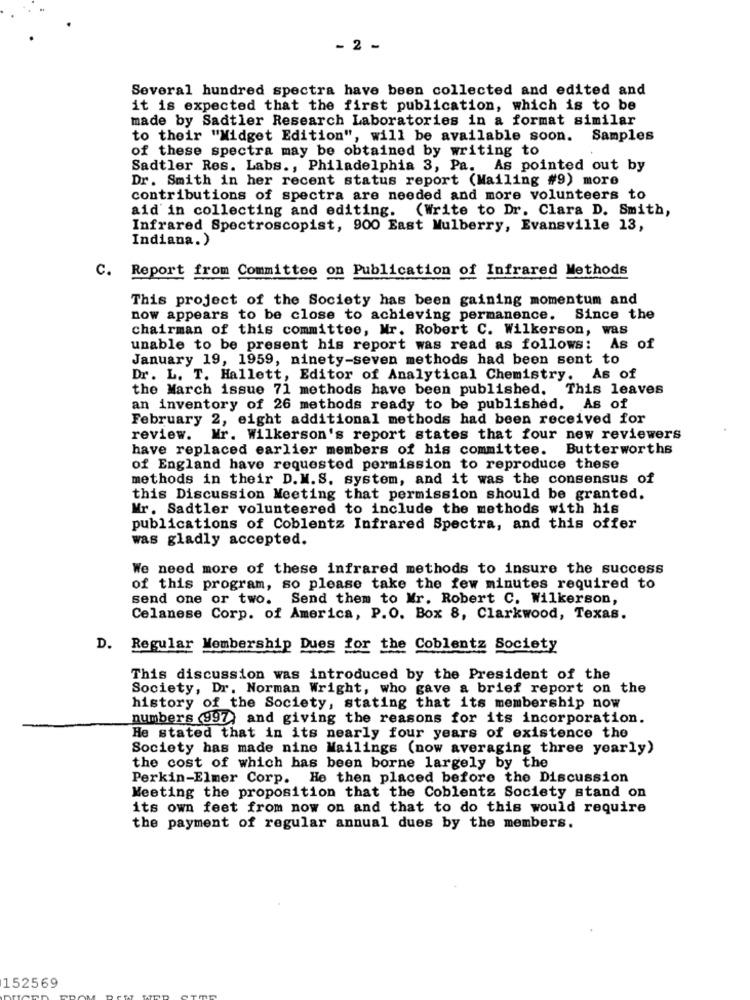
- 2 -
Several hundred spectra have been collected and edited and
it is expected that the first publication, which is to be
made by Sadtler Research Laboratories in a format similar
to their "Midget Edition", will be available soon. Samples
of these spectra may be obtained by writing to
Sadtler Res. Labs ., Philadelphia 3, Pa. As pointed out by
Dr. Smith in her recent status report (Mailing #9) more
contributions of spectra are needed and more volunteers to
aid in collecting and editing.
(Write to Dr. Clara D. Smith,
Infrared Spectroscopist, 900 East Mulberry, Evansville 13,
Indiana.)
c.
Report from Committee on Publication of Infrared Methods
This project of the Society has been gaining momentum and
now appears to be close to achieving permanence. Since the
chairman of this committee, Mr. Robert C. Wilkerson, was
unable to be present his report was read as follows: As of
January 19, 1959, ninety-seven methods had been sent to
Dr. L. T. Hallett, Editor of Analytical Chemistry. As of
the March issue 71 methods have been published. This leaves
an inventory of 26 methods ready to be published. As of
February 2, eight additional methods had been received for
review. Mr. Wilkerson's report states that four new reviewers
have replaced earlier members of his committee. Butterworths
of England have requested permission to reproduce these
methods in their D.M.S. system, and it was the consensus of
this Discussion Meeting that permission should be granted.
Mr. Sadtler volunteered to include the methods with his
publications of Coblentz Infrared Spectra, and this offer
was gladly accepted.
We need more of these infrared methods to insure the success
of this program, so please take the few minutes required to
send one or two. Send them to Mr. Robert C. Wilkerson,
Celanese Corp. of America, P.O. Box 8, Clarkwood, Texas.
D. Regular Membership Dues for the Coblentz Society
This discussion was introduced by the President of the
Society, Dr. Norman Wright, who gave a brief report on the
history of the Society, stating that its membership now
numbers (997) and giving the reasons for its incorporation.
He stated that in its nearly four years of existence the
Society has made nine Mailings (now averaging three yearly)
the cost of which has been borne largely by the
Perkin-Elmer Corp. He then placed before the Discussion
Meeting the proposition that the Coblentz Society stand on
its own feet from now on and that to do this would require
the payment of regular annual dues by the members.
152569